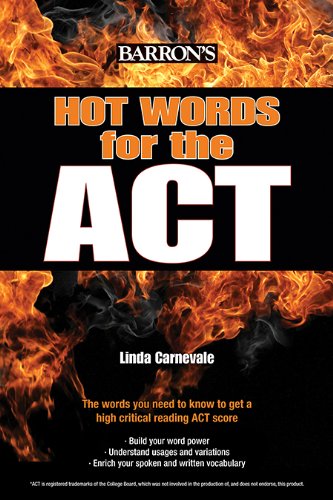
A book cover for Hot Words for the ACT; Linda Carnevale M.A.; Test Preparation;